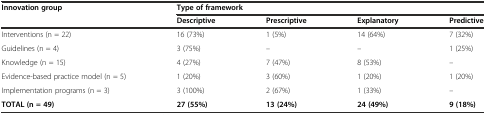
<table><thead><tr><td rowspan="2"><b>Innovation group</b></td><td colspan="4"><b>Type of framework</b></td></tr><tr><td><b>Descriptive</b></td><td><b>Prescriptive</b></td><td><b>Explanatory</b></td><td><b>Predictive</b></td></tr></thead><tbody><tr><td>Interventions (n = 22)</td><td>16 (73%)</td><td>1 (5%)</td><td>14 (64%)</td><td>7 (32%)</td></tr><tr><td>Guidelines (n = 4)</td><td>3 (75%)</td><td>–</td><td>–</td><td>1 (25%)</td></tr><tr><td>Knowledge (n = 15)</td><td>4 (27%)</td><td>7 (47%)</td><td>8 (53%)</td><td>–</td></tr><tr><td>Evidence-based practice model (n = 5)</td><td>1 (20%)</td><td>3 (60%)</td><td>1 (20%)</td><td>1 (20%)</td></tr><tr><td>Implementation programs (n = 3)</td><td>3 (100%)</td><td>2 (67%)</td><td>1 (33%)</td><td>–</td></tr><tr><td><b>TOTAL (n = 49)</b></td><td><b>27 (55%)</b></td><td><b>13 (24%)</b></td><td><b>24 (49%)</b></td><td><b>9 (18%)</b></td></tr></tbody></table>